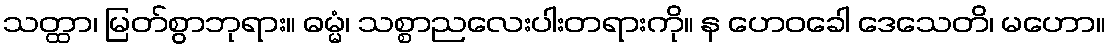
သတ္ထာ၊ မြတ်စွာဘုရား။ ဓမ္မံ၊ သစ္စာညလေးပါးတရားကို။ န ဟေဝခေါ ဒေသေတိ၊ မဟော။